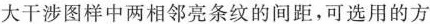
大干涉图样中两相邻亮条纹的间距，可选用的方